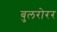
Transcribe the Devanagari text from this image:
बुलरोरर